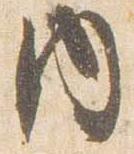
内